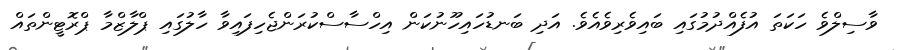
ވާސިލްވެ ހަކަތަ އުފެއްދުމުގައި ބައިވެރިވެއެވެ. އަދި ބަނޑުހައިހޫނުކަން އިހްސާސްކުރަންޖެހިފައިވާ ހާލުގައި ޕްލާޒްމާ ޕްރޮޓީންތައް